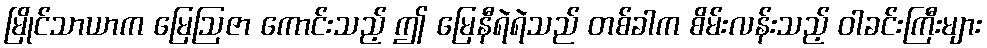
မြိုင်သာယာက မြေဩဇာ ကောင်းသည့် ဤ မြေနီရဲရဲသည် တစ်ခါက စိမ်းလန်းသည့် ဝါခင်းကြီးများ